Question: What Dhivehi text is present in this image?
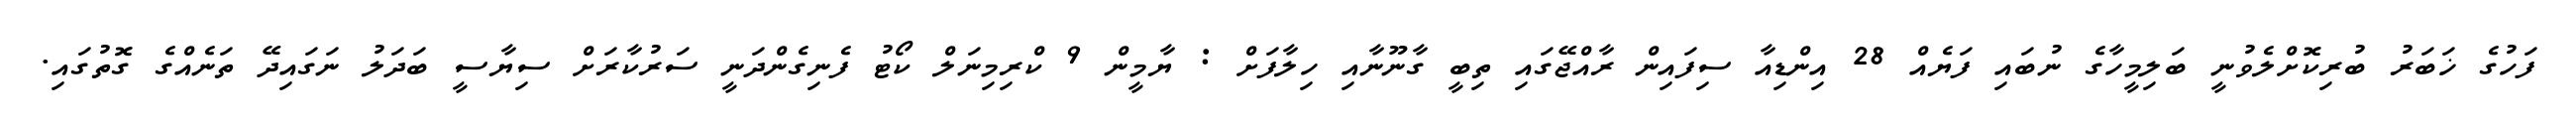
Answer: ފަހުގެ ޚަބަރު ބުރިކޮށްލެވުނީ ބަލިމީހާގެ ނުބައި ފަޔެއް 28 އިންޑިއާ ސިފައިން ރާއްޖޭގައި ތިބީ ގާނޫނާއި ހިލާފަށް : ޔާމީން 9 ކްރިމިނަލް ކޯޓު ފެނިގެންދަނީ ސަރުކާރަށް ސިޔާސީ ބަދަލު ނަގައިދޭ ތަނެއްގެ ގޮތުގައި.